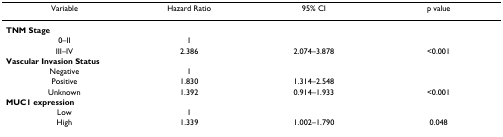
| Variable | Hazard Ratio | 95% CI | p value |
 | --- | --- | --- | --- |
 | TNM Stage |  |  |  |
 | 0–II | 1 |  |  |
 | III–IV | 2.386 | 2.074–3.878 | <0.001 |
 | Vascular Invasion Status |  |  |  |
 | Negative | 1 |  |  |
 | Positive | 1.830 | 1.314–2.548 |  |
 | Unknown | 1.392 | 0.914–1.933 | <0.001 |
 | MUC1 expression |  |  |  |
 | Low | 1 |  |  |
 | High | 1.339 | 1.002–1.790 | 0.048 |